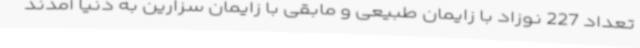
تعداد 227 نوزاد با زایمان طبیعی و مابقی با زایمان سزارین به دنیا آمدند